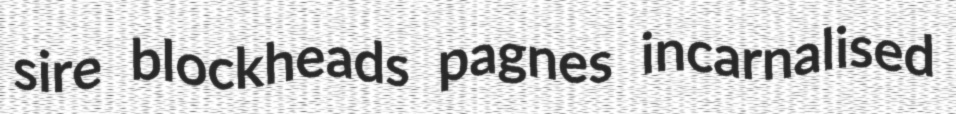
sire blockheads pagnes incarnalised